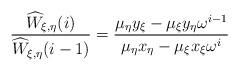
LaTeX: \begin{align*}\frac{\widehat{W}_{\xi,\eta}(i)}{\widehat{W}_{\xi,\eta}(i-1)} =\frac{\mu_{\eta} y_{\xi} - \mu_{\xi} y_{\eta} \omega^{i-1}}{\mu_{\eta} x_{\eta} - \mu_{\xi} x_{\xi} \omega^i} \end{align*}